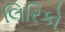
લિરિકો